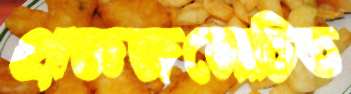
প্রাজ্ঞজনোচিত